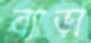
ব্যাড়া